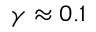
\gamma \approx 0 . 1